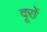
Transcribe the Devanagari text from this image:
दूरों